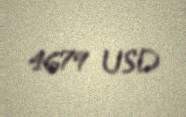
4679 USD